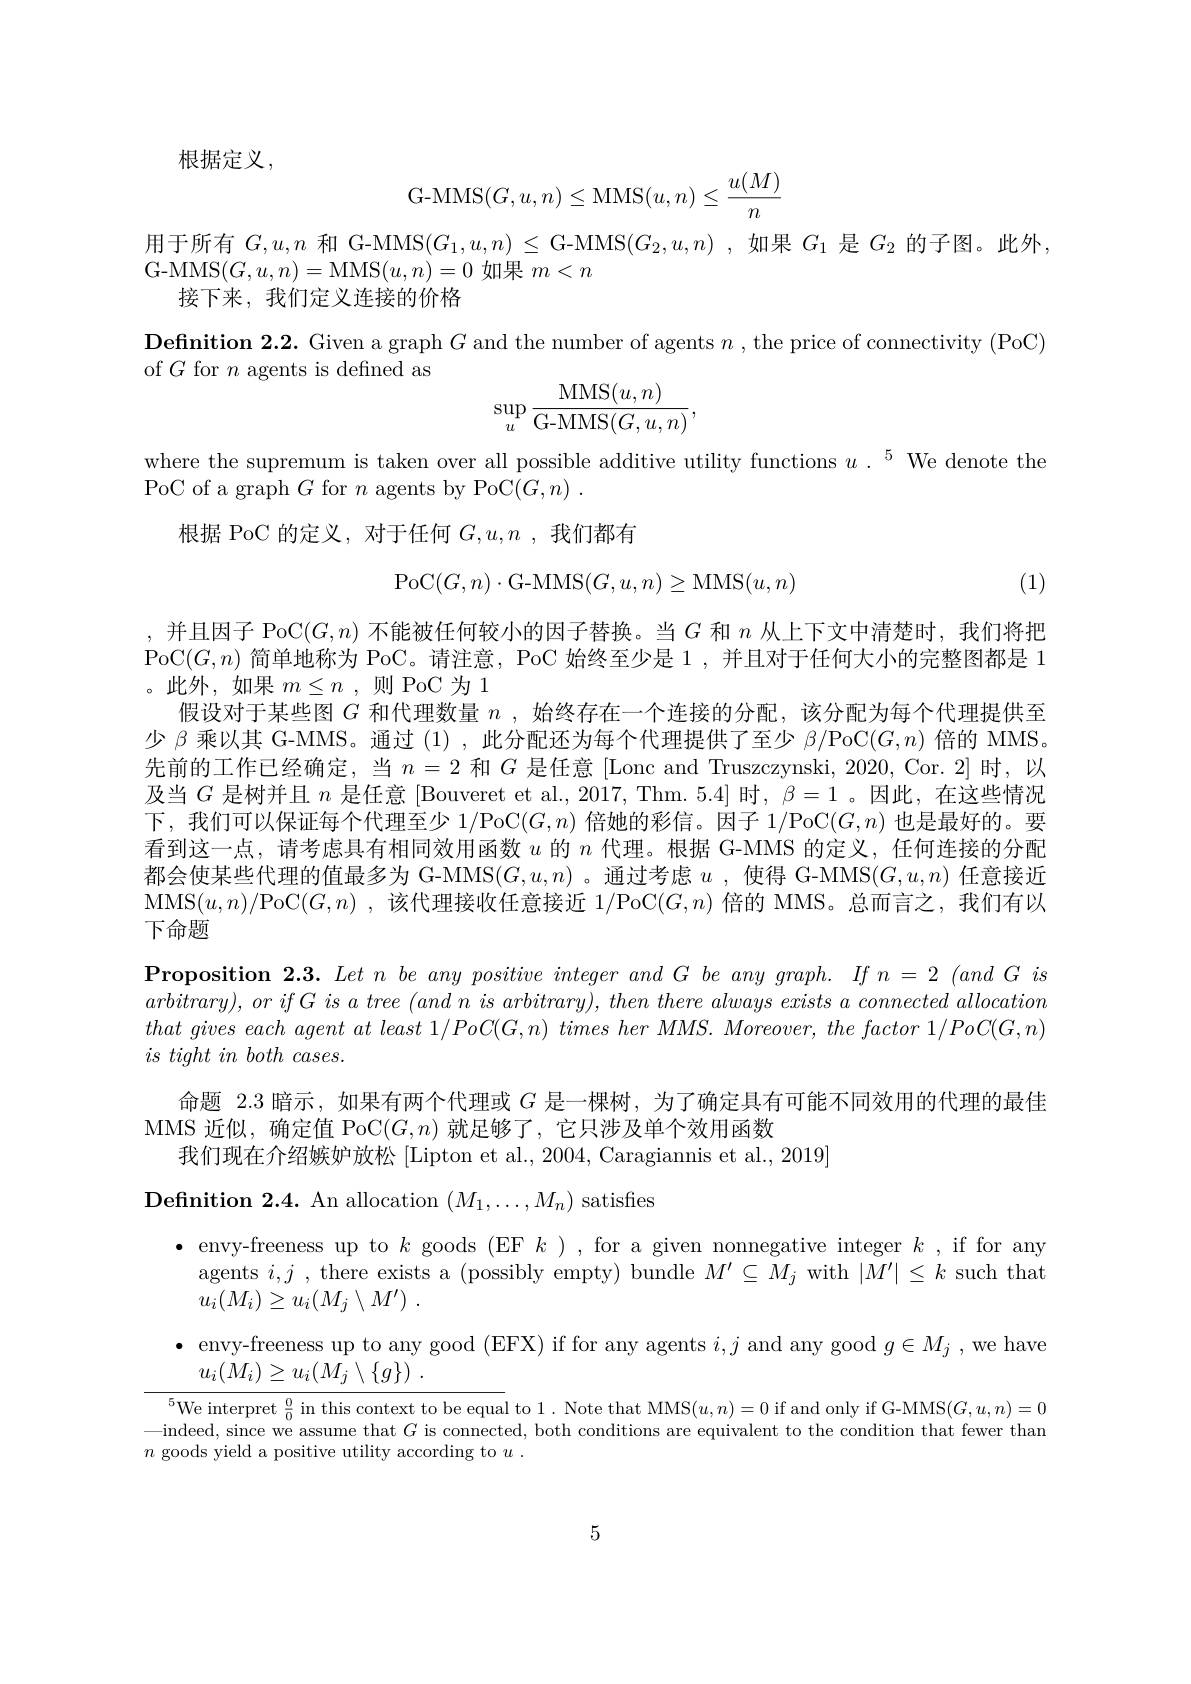
根据定义，
$$\mathrm{S}(G,u,n)\leq\mathrm{MMS}(u,n)\leq\frac{u(M)}{n}$$
用于所有$G,u,n$和 G-MMS$(G_1,u,n)\leq$ G-MMS$(G_2,u,n)$ ,如果$G_1$是$G_2$的子图。此外，
G-MMS$(G,u,n)=$MMS$(u,n)=0$如果$m<n$
接下来，我们定义连接的价格
Definition 2.2. Given a graph $G$ and the number of agents $n$, the price of connectivity (PoC)
of $G$ for $n$ agents is defined as
$$\sup_u\frac{\mathrm{MMS}(u,n)}{\mathrm{G-MMS}(G,u,n)},$$
where the supremum is taken over all possible additive utility functions $u.^5$ We denote the
PoC of a graph $G$ for $n$ agents by PoC$(G,n).$
根据 PoC 的定义，对于任何$G,u,n$ ,我们都有
$$\mathrm{PoC}(G,n)\cdot\mathrm{G-MMS}(G,u,n)\geq\mathrm{MMS}(u,n)$$
(1)

,并且因子 PoC$(G,n)$不能被任何较小的因子替换。当$G$和$n$从上下文中清楚时，我们将把PoC$(G,n)$简单地称为 PoC。请注意，PoC 始终至少是 1 , 并且对于任何大小的完整图都是 1 。此外，如果$m\leq n$ ,则 PoC 为 1
假设对于某些图$G$和代理数量$n$,始终存在一个连接的分配，该分配为每个代理提供至少$\beta$乘以其 G-MMS。通过(1),此分配还为每个代理提供了至少$\beta/$PoC$(G,n)$倍的 MMS。先前的工作已经确定，当$n=2$和$G$是任意[Lonc and Truszczynski, 2020, Cor. 2]时，以及当$G$是树并且$n$是任意 [Bouveret et al., 2017, Thm. 5.4] 时，$\beta=1$ 。因此，在这些情况下，我们可以保证每个代理至少1/PoC$(G,n)$倍她的彩信。因子1/PoC$(G,n)$也是最好的。要看到这一点，请考虑具有相同效用函数$u$的$n$代理。根据 G-MMS 的定义，任何连接的分配都会使某些代理的值最多为 G-MMS$(G,u,n)$ 。通过考虑$u$ ,使得 G-MMS$(G,u,n)$任意接近MMS$(u,n)/$PoC$(G,n)$ ,该代理接收任意接近1/PoC$(G,n)$倍的 MMS。总而言之，我们有以下命题

$\textbf{Proposition 2. 3. Let n be any positive integer and G be any graph. If n = 2 ( and G is) }$ $arbitrary) , orifG$ $is$ $a$ tree $( and$ $n$ $is$ $arbitrary) $, then there always exists $a$ connected allocation $that~gives~each~agent~at~least~1/PoC(G,n)~times~her~MMS.~Moreover,~the~factor~1/PoC(G,n)$ $is\textit{ tight in both cases. }$
命题 2.3 暗示，如果有两个代理或$G$是一棵树，为了确定具有可能不同效用的代理的最佳
MMS 近似，确定值 PoC$(G,n)$就足够了，它只涉及单个效用函数
我们现在介绍嫉妒放松 [Lipton et al., 2004, Caragiannis et al., 2019]

${\mathrm{Definition~2.4.~An~allocation~}}(M_{1},\ldots,M_{n}){\mathrm{~satisfies}}$

$\begin{array}{ll}\bullet&\text{envy-freeness up to }k\text{ goods (EF }k),\text{for a given nonnegative integer }k,\text{if for any}\\&\text{agents }i,j\mathrm{~,~there~exists~a~(possibly~empty)~bundle~}M^{\prime}\subseteq M_{j}\mathrm{~with~}|M^{\prime}|\leq k\text{ such that}\end{array}$
$u_i( M_i) \geq u_i( M_j\setminus M^{\prime })$ .

$\bullet$ envy-freeness up to any good (EFX) if for any agents $i,j$ and any good $g\in M_j$ ,we have

$u_i( M_i) \geq u_i( M_j\setminus \{ g\} )$ .

$\sqrt{^5\text{We interpret }\frac00\text{ in this context to be equal to }1.\text{ Note that MMS}(u,n)=0\text{ if and only if G-MMS}(G,u,n)=0}$ —indeed, since we assume that $G$ is connected, both conditions are equivalent to the condition that fewer than $n$ goods yield a positive utility according to $u.$

5